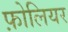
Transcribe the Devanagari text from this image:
फ़ोलियर